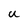
Character: u